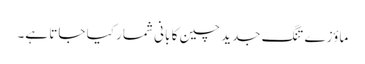
ماؤزے تنگ جدید چین کا بانی شمار کیا جاتا ہے۔